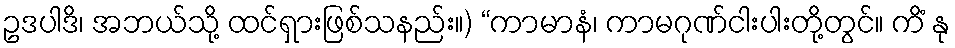
ဥဒပါဒိ၊ အဘယ်သို့ ထင်ရှားဖြစ်သနည်း။) “ကာမာနံ၊ ကာမဂုဏ်ငါးပါးတို့တွင်။ ကိံ နု